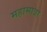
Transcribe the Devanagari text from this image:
महामात्रा